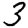
Digit: 3